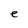
Character: e